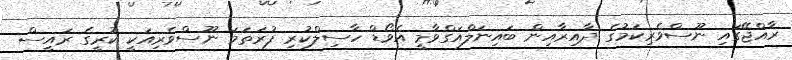
ރާއްޖޭގައި ނޫސްވެރިކަމުގެ ދާއިރާއިން ބައިނަލްއަގްވާމީ އެވޯޑް ހާސިލްކުރި ފުރަތަމަ ނޫސްވެރިއަކީ ކުރީގެ ރައީސް